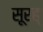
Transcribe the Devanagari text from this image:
सूरह्